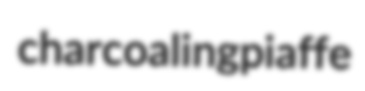
charcoaling piaffe